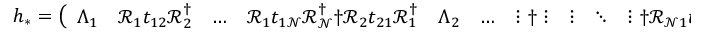
\begin{array} { r } { h _ { * } = \left( \begin{array} { l l l l l l l l l l l l l } { \Lambda _ { 1 } } & { \mathcal { R } _ { 1 } t _ { 1 2 } \mathcal { R } _ { 2 } ^ { \dagger } } & { \dots } & { \mathcal { R } _ { 1 } t _ { 1 \mathcal { N } } \mathcal { R } _ { \mathcal { N } } ^ { \dagger } \dag \mathcal { R } _ { 2 } t _ { 2 1 } \mathcal { R } _ { 1 } ^ { \dagger } } & { \Lambda _ { 2 } } & { \dots } & { \vdots \dag \vdots } & { \vdots } & { \ddots } & { \vdots \dag \mathcal { R } _ { \mathcal { N } 1 } t _ { \mathcal { N } 1 } \mathcal { R } _ { 1 } ^ { \dagger } } & { \dots } & { \dots } & { \Lambda _ { \mathcal { N } } } \end{array} \right) } \end{array}